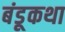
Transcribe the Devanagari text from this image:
बंडूकथा